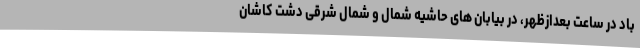
باد در ساعت بعدازظهر، در بیابان های حاشیه شمال و شمال شرقی دشت کاشان